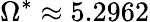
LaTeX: \Omega^{*}\approx 5.2962